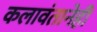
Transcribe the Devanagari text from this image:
कलावंतानेही